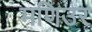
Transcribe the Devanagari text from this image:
मणिउर